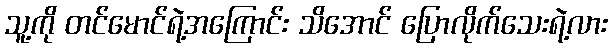
သူ့ကို တင်မောင်ရဲ့အကြောင်း သိအောင် ပြောလိုက်သေးရဲ့လား